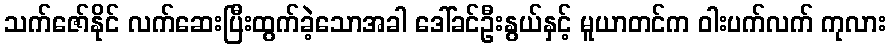
သက်ဇော်နိုင် လက်ဆေးပြီးထွက်ခဲ့သောအခါ ဒေါ်ခင်ဦးနွယ်နှင့် မူယာတင်က ဝါးပက်လက် ကုလား